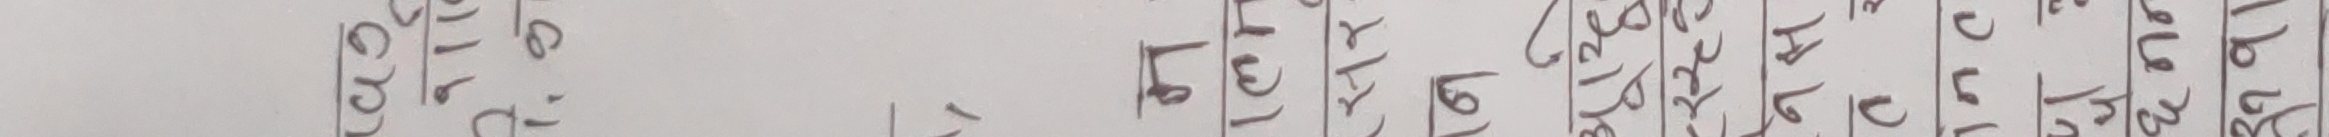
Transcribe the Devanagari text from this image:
कुल जम्मा